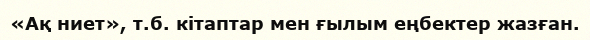
«Ақ ниет», т.б. кітаптар мен ғылым еңбектер жазған.